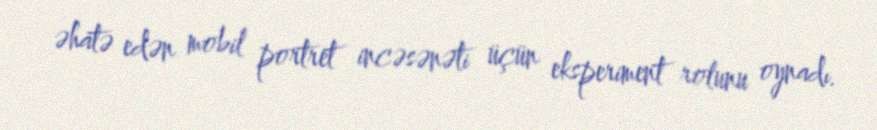
əhatə edən mobil portret incəsənəti üçün eksperiment rolunu oynadı.